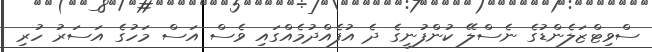
ސްވިޓްޒަލެންޑުގެ ނެސްލޭ ކުންފުނީގެ ދެ އުފެއްދުމެއްގައި ވެސް އަސް މަހުގެ އަސަރު ހުރި